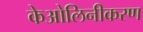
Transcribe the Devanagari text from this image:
केओलिनीकरण